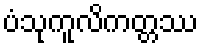
ပံသုကူလိကတ္တဿ